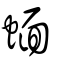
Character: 蝒